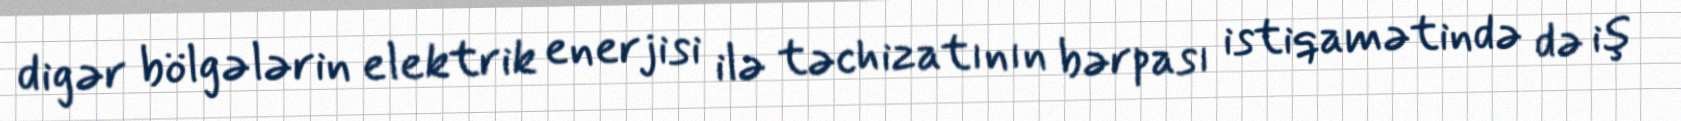
digər bölgələrin elektrik enerjisi ilə təchizatının bərpası istiqamətində də iş